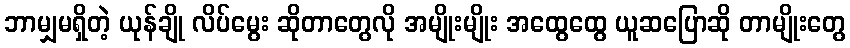
ဘာမျှမရှိတဲ့ ယုန်ချို လိပ်မွေး ဆိုတာတွေလို အမျိုးမျိုး အထွေထွေ ယူဆပြောဆို တာမျိုးတွေ